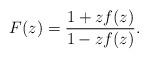
LaTeX: \begin{align*} F(z) = \frac{1+zf(z)}{1-zf(z)}.\end{align*}